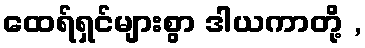
ထေရ်ရှင်များစွာ ဒါယကာတို့ ,